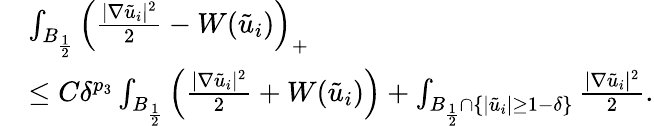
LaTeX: \begin{array}{rl}&{\int_{B_{\frac{1}{2}}}\left(\frac{|\nabla\tilde{u}_{i}|^{2}}{2}-W(\tilde{u}_{i})\right)_{+}}\\ &{\leq C{\delta^{p_{3}}}\int_{B_{\frac{1}{2}}}\left(\frac{|\nabla\tilde{u}_{i}|^{2}}{2}+W(\tilde{u}_{i})\right)+\int_{B_{\frac{1}{2}}\cap\{ |\tilde{u}_{i}|\geq 1-\delta\} }\frac{|\nabla\tilde{u}_{i}|^{2}}{2}.}\end{array}